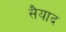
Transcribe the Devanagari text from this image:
सैयाद